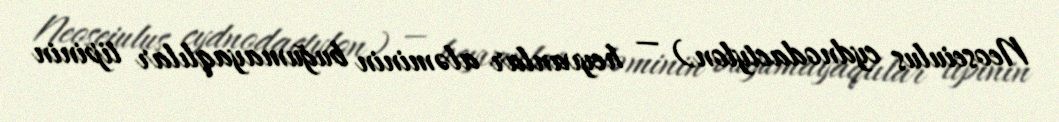
Neoseiulus cydnodactylon) — heyvanlar aləminin buğumayaqlılar tipinin